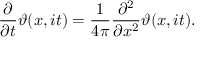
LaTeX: { \frac { \partial } { \partial t } } \vartheta ( x , i t ) = { \frac { 1 } { 4 \pi } } { \frac { \partial ^ { 2 } } { \partial x ^ { 2 } } } \vartheta ( x , i t ) .